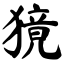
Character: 獍